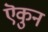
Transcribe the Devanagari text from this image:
ऎकुन